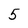
Character: 5